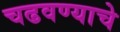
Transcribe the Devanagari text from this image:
चढवण्याचे